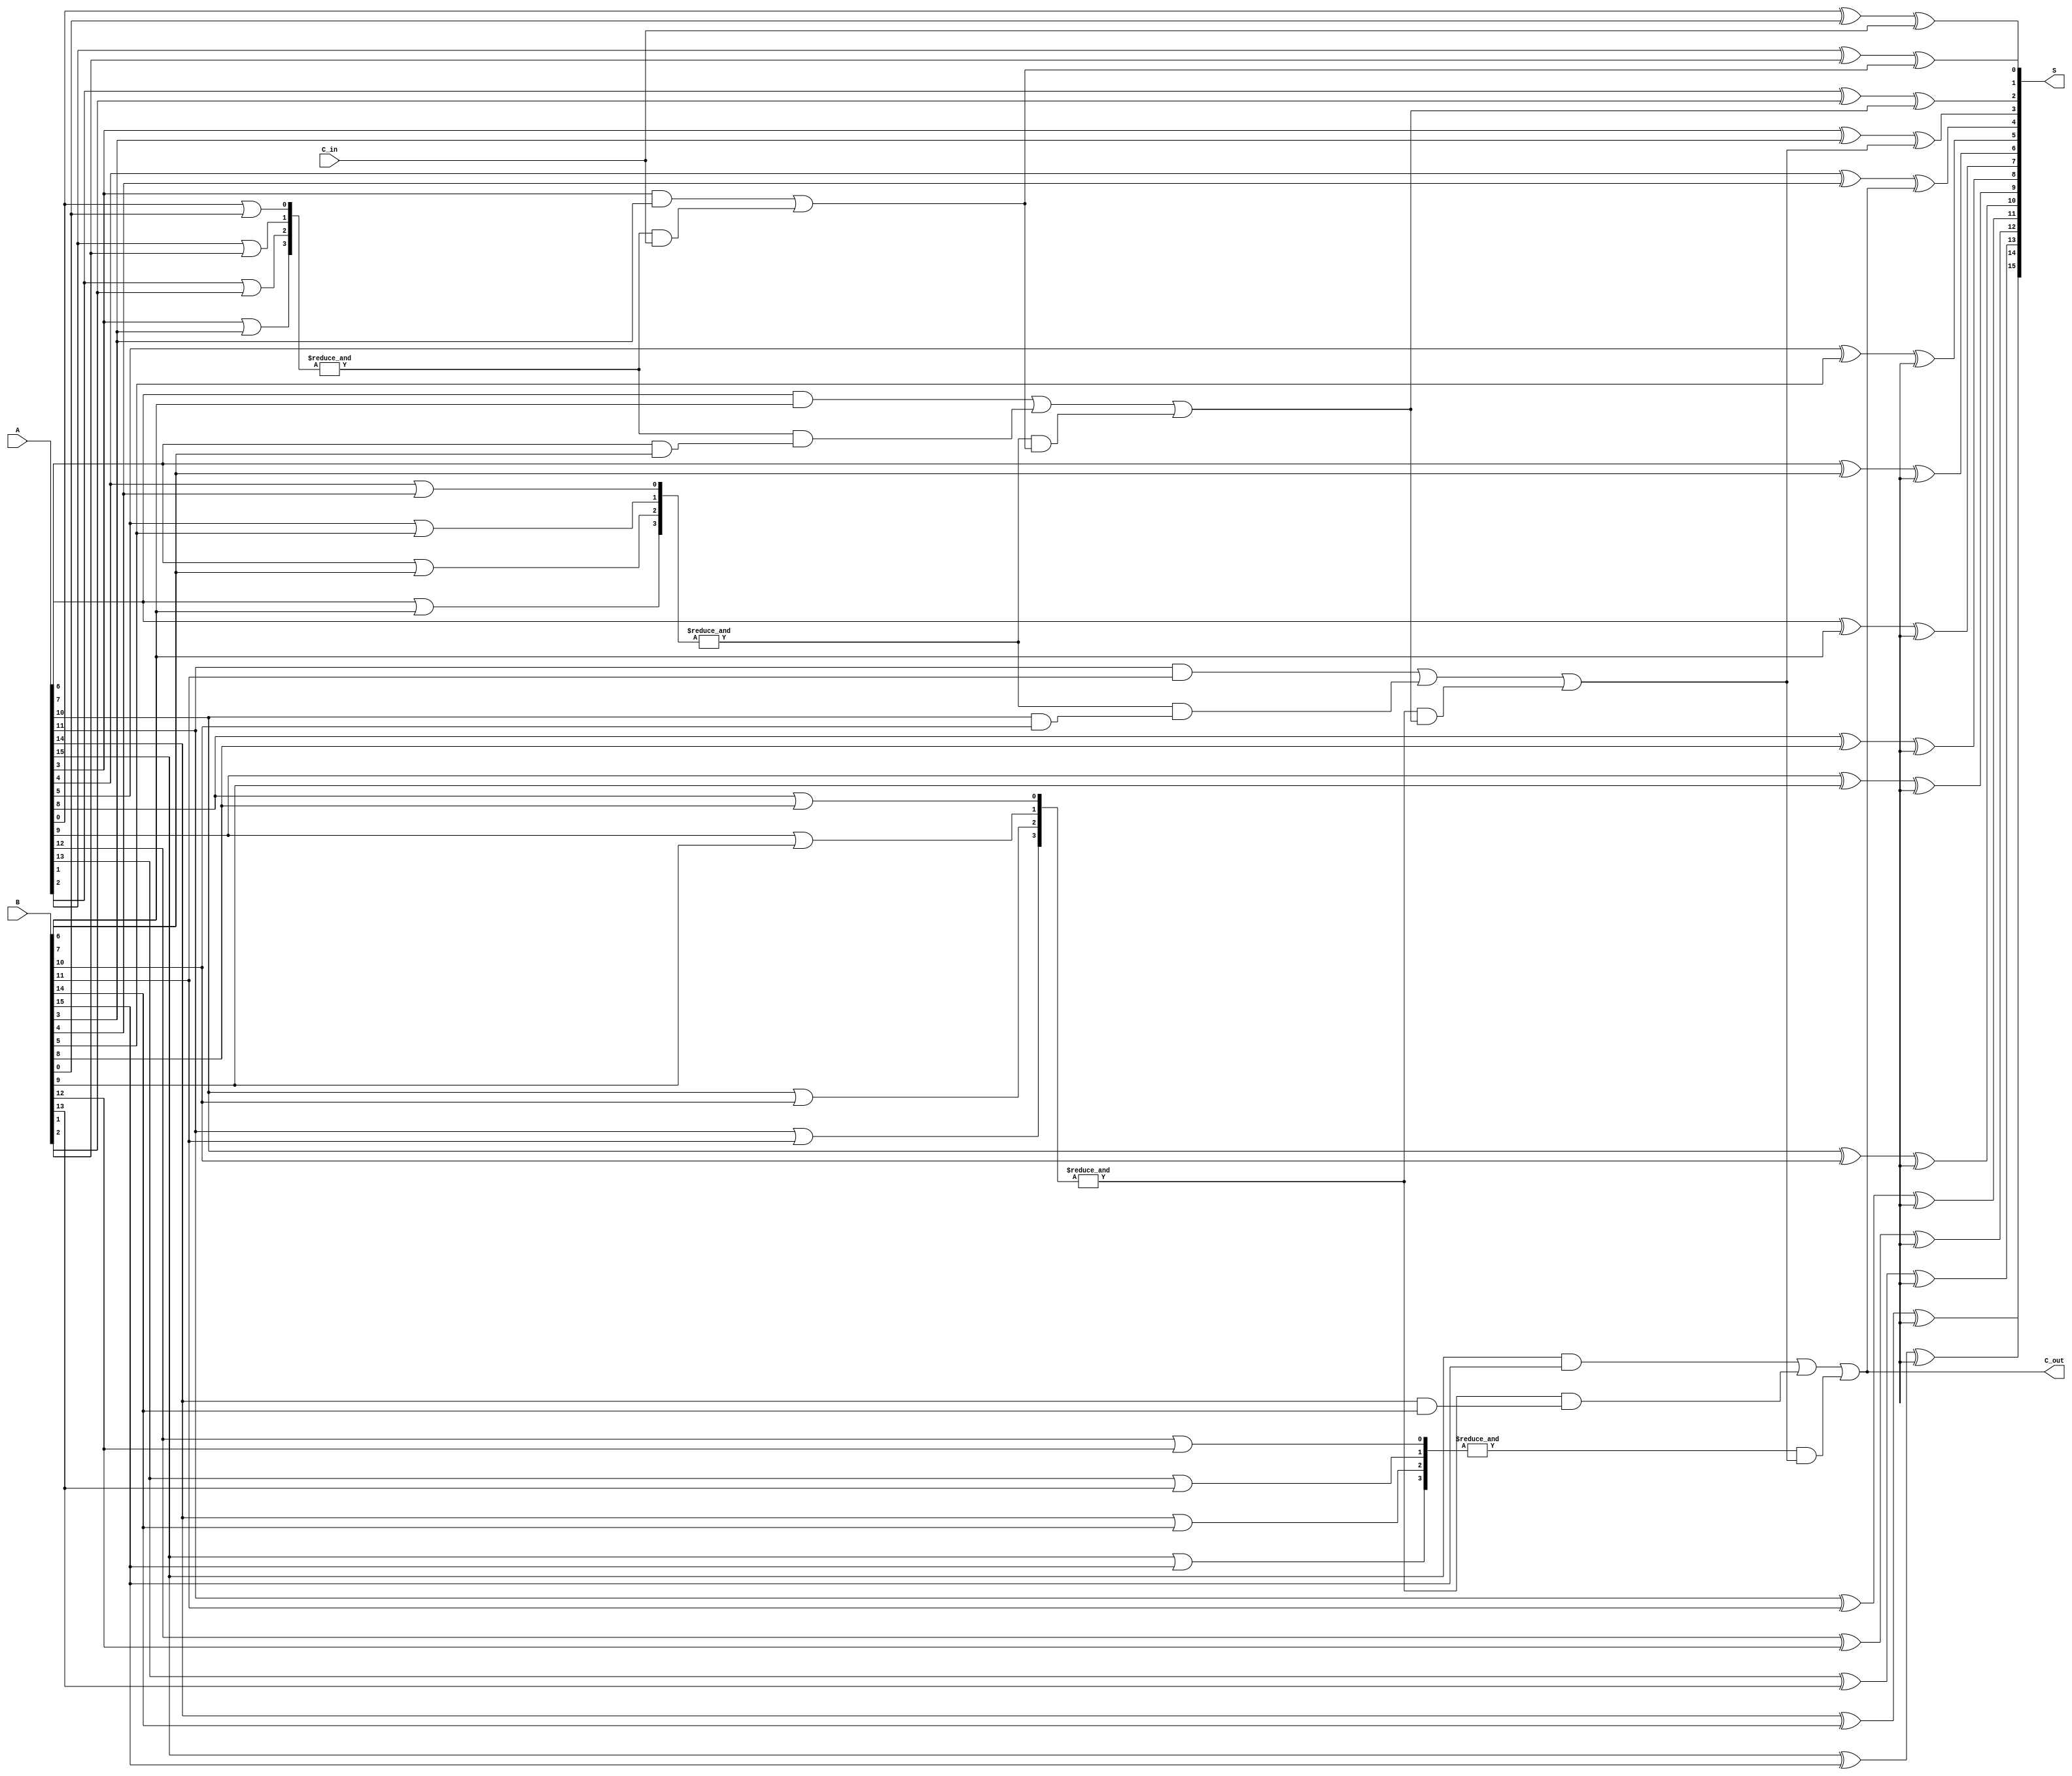
module CLA_Adder #(parameter WIDTH = 16, GROUP_SIZE = 4) (
    input  [WIDTH-1:0] A,
    input  [WIDTH-1:0] B,
    input              C_in,
    output [WIDTH-1:0] S,
    output             C_out
);
    // Number of groups
    localparam NUM_GROUPS = WIDTH / GROUP_SIZE;

    // Internal wires for carries, generates, and propagates
    wire [WIDTH-1:0] G; // Generate
    wire [WIDTH-1:0] P; // Propagate
    wire [NUM_GROUPS-1:0] G_G; // Group Generate
    wire [NUM_GROUPS-1:0] P_G; // Group Propagate
    wire [NUM_GROUPS:0] carry; // Carry signals

    // Generate and Propagate signals for each bit
    genvar i;
    generate
        for (i = 0; i < WIDTH; i = i + 1) begin : gen_prop
            assign G[i] = A[i] & B[i];  // Generate
            assign P[i] = A[i] | B[i];  // Propagate
        end
    endgenerate

    // Calculate carry for each group
    assign carry[0] = C_in; // Initial carry in

    generate
        for (i = 0; i < NUM_GROUPS; i = i + 1) begin : group_logic
            wire [GROUP_SIZE-1:0] G_local;
            wire [GROUP_SIZE-1:0] P_local;

            // Local Generate and Propagate for the group
            assign G_local = G[i*GROUP_SIZE +: GROUP_SIZE];
            assign P_local = P[i*GROUP_SIZE +: GROUP_SIZE];

            // Group Generate and Propagate
            if (i == 0) begin
                assign G_G[i] = G_local[GROUP_SIZE-1]; // First group
            end else begin
                assign G_G[i] = G_local[GROUP_SIZE-1] | (P_G[i-1] & G_local[GROUP_SIZE-2]);
            end
            
            assign P_G[i] = &P_local; // AND of all P signals in the group

            // Calculate carry for the next group
            assign carry[i+1] = G_G[i] | (P_G[i] & carry[i]);
        end
    endgenerate

    // Full Adder sum calculation
    generate
        for (i = 0; i < WIDTH; i = i + 1) begin : sum_logic
            assign S[i] = A[i] ^ B[i] ^ carry[i]; // Full Adder Sum
        end
    endgenerate

    // Final Carry Out
    assign C_out = carry[NUM_GROUPS];

endmodule